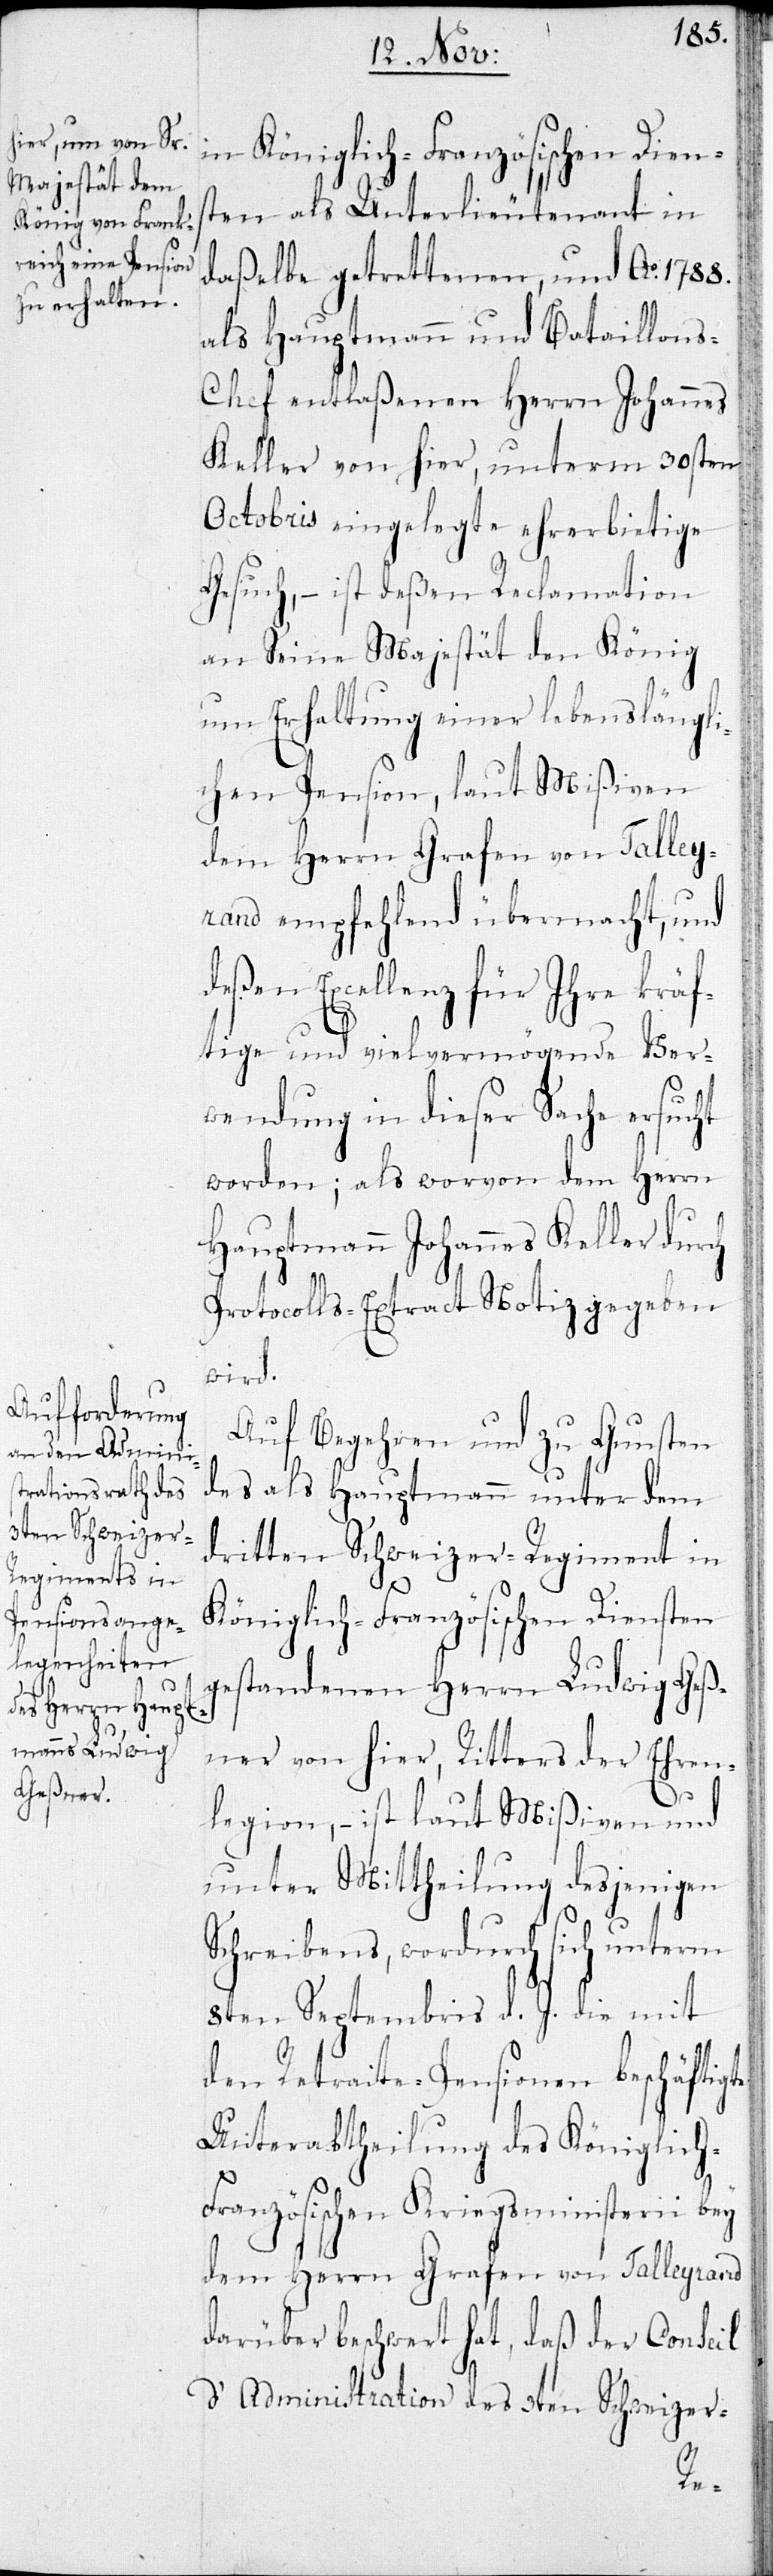
in Königlich-Französischen Diens¬
ten als Unterlieutenant in
daßelbe getrettenen, und Ao 1788.
als Hauptmann und Bataillon¬
s-Chef entlaßenen Herrn Johannes
Keller von hier, unterm 30sten
Octobris eingelegte ehrerbietige
Gesuch, – ist deßen Reclamation
an Seine Majestät den König
um Erhaltung einer lebenslängli¬
chen Pension, laut Mißiven
dem Herrn Grafen von Talley¬
rand empfehlend übermacht, und
deßen Excellenz für Ihre kräf¬
tige und vielvermögende Ver¬
wendung in dieser Sache ersucht
worden; als worvon dem Herrn
Hauptmann Johannes Keller durch
Protocoll-Extract Notiz gegeben
wird.
Auf Begehren und zu Gunsten
des als Hauptmann unter dem
dritten Schweizer-Regiment in
te
Königlich-Französischen Diensten
gestandenen Herrn Ludwig Geß¬
ner von hier, Ritters der Ehren¬
legion, – ist laut Mißiven und
unter Mittheilung desjenigen
Schreibens, wordurch sich unterm
8ten Septembris d. J. die mit
den Retraite-Pensionen beschäftig¬
Unterabtheilung des Königlic¬
ranzösischen Kriegsministerii bey
dem Herrn Grafen von Talleyrand
darüber beschwert hat, daß der Conseil
d’Administration des 3ten Schweizer-
h-F¬